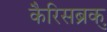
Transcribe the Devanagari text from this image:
कैरिसब्रुक